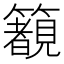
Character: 𱸰